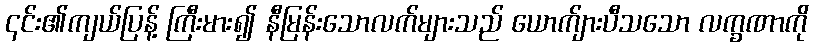
၎င်း၏ကျယ်ပြန့် ကြီးမား၍ နီမြန်းသောလက်များသည် ယောက်ျားပီသသော လက္ခဏာကို